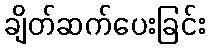
ချိတ်ဆက်ပေးခြင်း